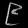
Digit: ၉